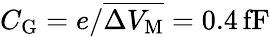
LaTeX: C_{\mathrm{G}}=e/\overline{{\Delta V_{\mathrm M}}}=0.4\, \mathrm{fF}